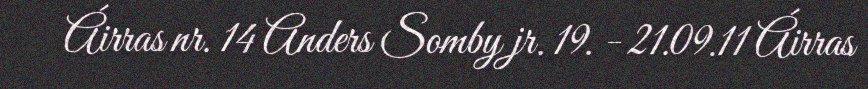
Áirras nr. 14 Anders Somby jr. 19. - 21.09.11 Áirras